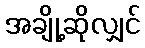
အချို့ဆိုလျှင်